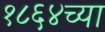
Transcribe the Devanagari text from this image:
१८६४च्या